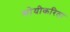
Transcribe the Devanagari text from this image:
सोयीकरिता